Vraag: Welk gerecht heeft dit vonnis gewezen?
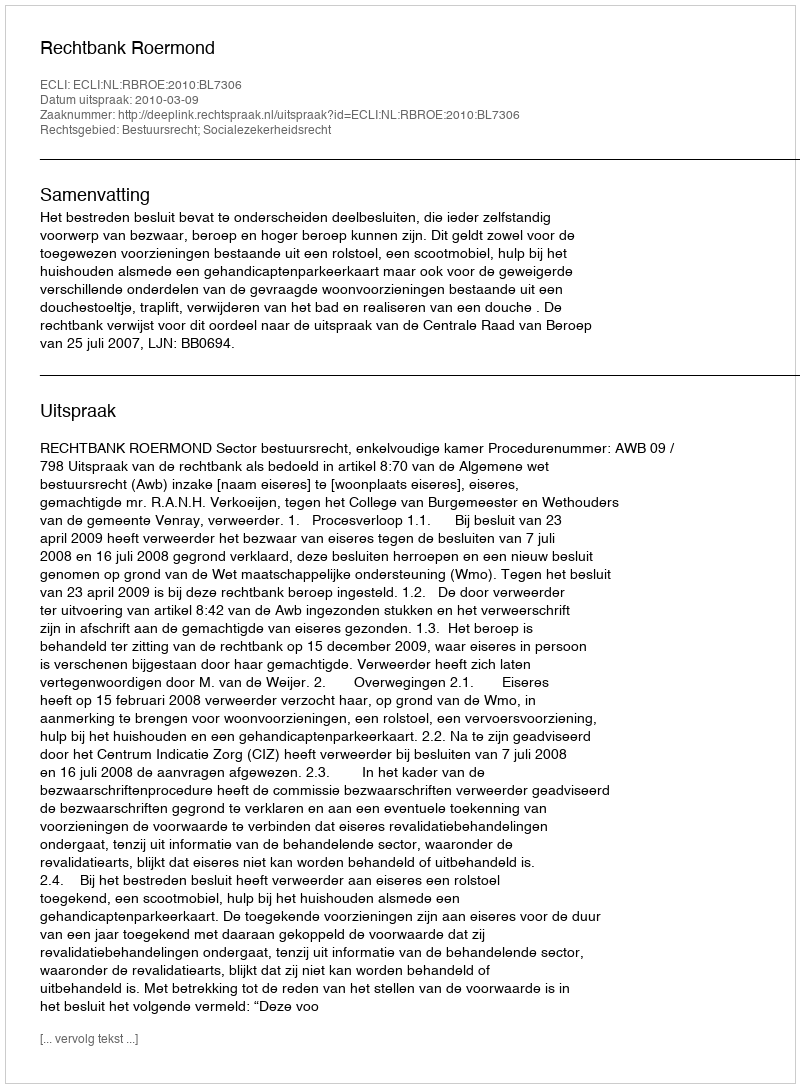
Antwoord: Rechtbank Roermond